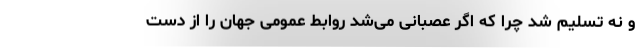
و نه تسلیم شد چرا که اگر عصبانی می‌شد روابط عمومی جهان را از دست